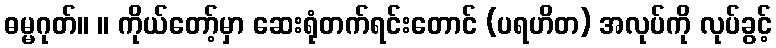
ဓမ္မဂုတ်။ ။ ကိုယ်တော့်မှာ ဆေးရုံတက်ရင်းတောင် (ပရဟိတ) အလုပ်ကို လုပ်ခွင့်